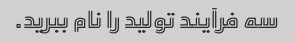
سه فرآیند تولید را نام ببرید.